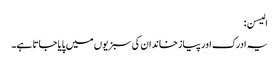
الیسن:
یہ ادرک اور پیازخاندان کی سبزیوں میں پایا جاتا ہے۔